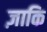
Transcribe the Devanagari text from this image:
ज़ाकि